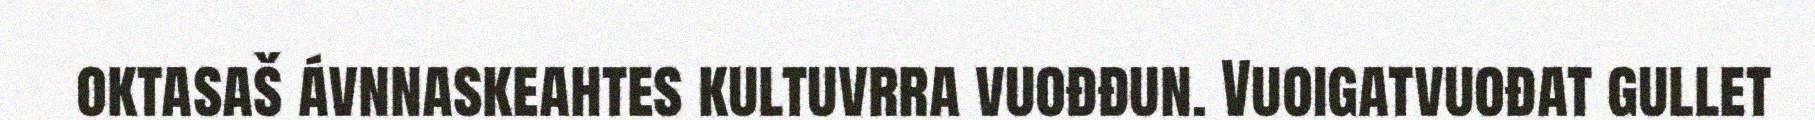
oktasaš ávnnaskeahtes kultuvrra vuođđun. Vuoigatvuođat gullet